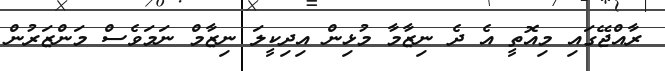
ރާއްޖޭގައި މިއޮތީ އެ ދެ ނިޒާމާ މުޅިން އިދިކީލަ ނިޒާމް ނަމަވެސް މަންޒަރުން